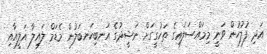
އަދި ފުލުހުން ވަނީ މިމައްސަލައިގެ ތަހުގީގަށް ނަޝީދުގެ އަނބިކަނބަލުން މެޑަމް ލައިލާ އަލީއާއި